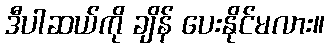
ဒီပါဆယ်ကို ချိန် ပေးနိုင်မလား။